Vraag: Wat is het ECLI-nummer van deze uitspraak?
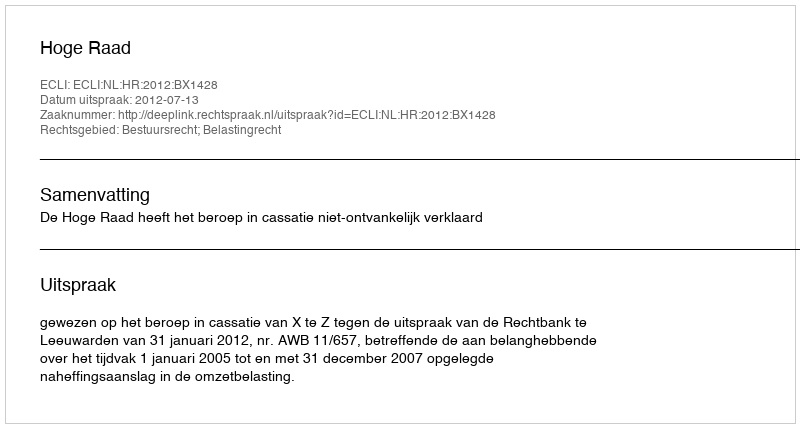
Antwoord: ECLI:NL:HR:2012:BX1428